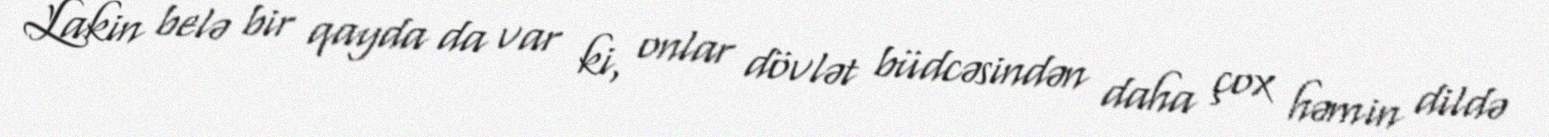
Lakin belə bir qayda da var ki, onlar dövlət büdcəsindən daha çox həmin dildə